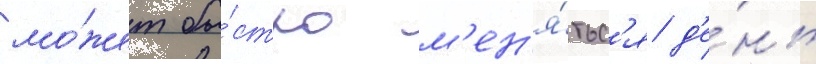
мо́жет бы́стро м'ен'я́тьс'я д'е́нь